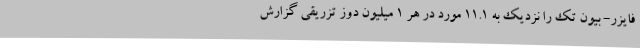
فایزر- بیون تک را نزدیک به 11.1 مورد در هر 1 میلیون دوز تزریقی گزارش